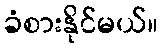
ခံစားနိုင်မယ်။